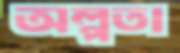
অল্পতা